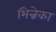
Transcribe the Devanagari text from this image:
भिन्नेका